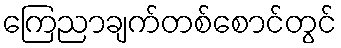
ကြေညာချက်တစ်စောင်တွင်